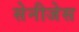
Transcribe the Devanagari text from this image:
सेनीजेस